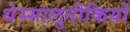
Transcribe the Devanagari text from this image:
थेस्सालुनीकियों